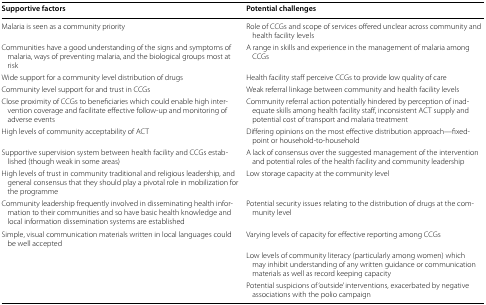
<table><thead><tr><td><b>Supportive factors</b></td><td><b>Potential challenges</b></td></tr></thead><tbody><tr><td>Malaria is seen as a community priority</td><td>Role of CCGs and scope of services offered unclear across community and health facility levels</td></tr><tr><td>Communities have a good understanding of the signs and symptoms of malaria, ways of preventing malaria, and the biological groups most at risk</td><td>A range in skills and experience in the management of malaria among CCGs</td></tr><tr><td>Wide support for a community level distribution of drugs</td><td>Health facility staff perceive CCGs to provide low quality of care</td></tr><tr><td>Community level support for and trust in CCGs</td><td>Weak referral linkage between community and health facility levels</td></tr><tr><td>Close proximity of CCGs to beneficiaries which could enable high intervention coverage and facilitate effective follow-up and monitoring of adverse events</td><td>Community referral action potentially hindered by perception of inadequate skills among health facility staff, inconsistent ACT supply and potential cost of transport and malaria treatment</td></tr><tr><td>High levels of community acceptability of ACT</td><td>Differing opinions on the most effective distribution approach—fixed-point or household-to-household</td></tr><tr><td>Supportive supervision system between health facility and CCGs established (though weak in some areas)</td><td>A lack of consensus over the suggested management of the intervention and potential roles of the health facility and community leadership</td></tr><tr><td>High levels of trust in community traditional and religious leadership, and general consensus that they should play a pivotal role in mobilization for the programme</td><td>Low storage capacity at the community level</td></tr><tr><td>Community leadership frequently involved in disseminating health information to their communities and so have basic health knowledge and local information dissemination systems are established</td><td>Potential security issues relating to the distribution of drugs at the community level</td></tr><tr><td>Simple, visual communication materials written in local languages could be well accepted</td><td>Varying levels of capacity for effective reporting among CCGs</td></tr><tr><td rowspan="2"></td><td>Low levels of community literacy (particularly among women) which may inhibit understanding of any written guidance or communication materials as well as record keeping capacity</td></tr><tr><td>Potential suspicions of ‘outside’ interventions, exacerbated by negative associations with the polio campaign</td></tr></tbody></table>